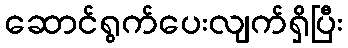
ဆောင်ရွက်ပေးလျက်ရှိပြီး